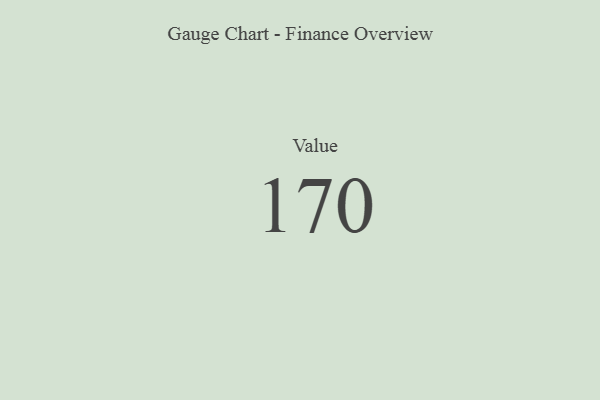
{"axis": {"x": "Metric", "y": "Value"}, "legend": [""], "data": [{"x": "Value", "y": 170, "type": ""}]}